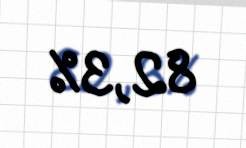
82,3%